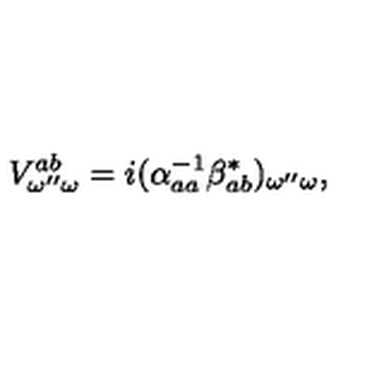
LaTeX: V _ { \omega ^ { \prime \prime } \omega } ^ { a b } = i ( \alpha _ { a a } ^ { - 1 } \beta _ { a b } ^ { * } ) _ { \omega ^ { \prime \prime } \omega } ,